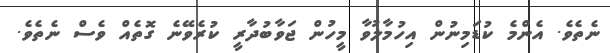
ނެތެވެ. އެންމެ ކުޑަމިނުން އިހުމާލުވާ މީހުން ޖަވާބުދާރީ ކުރެވޭނެ ގޮތެއް ވެސް ނެތެވެ.